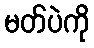
မတ်ပဲကို